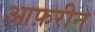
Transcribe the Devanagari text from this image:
आफ़रीन